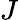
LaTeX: J